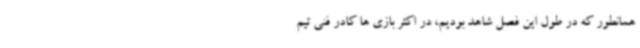
همانطور که در طول این فصل شاهد بودیم، در اکثر بازی ها کادر فنی تیم